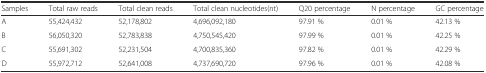
<table><thead><tr><td><b>Samples</b></td><td><b>Total raw reads</b></td><td><b>Total clean reads</b></td><td><b>Total clean nucleotides(nt)</b></td><td><b>Q20 percentage</b></td><td><b>N percentage</b></td><td><b>GC percentage</b></td></tr></thead><tbody><tr><td>A</td><td>55,424,432</td><td>52,178,802</td><td>4,696,092,180</td><td>97.91 %</td><td>0.01 %</td><td>42.13 %</td></tr><tr><td>B</td><td>56,050,320</td><td>52,783,838</td><td>4,750,545,420</td><td>97.99 %</td><td>0.01 %</td><td>42.25 %</td></tr><tr><td>C</td><td>55,691,302</td><td>52,231,504</td><td>4,700,835,360</td><td>97.82 %</td><td>0.01 %</td><td>42.29 %</td></tr><tr><td>D</td><td>55,972,712</td><td>52,641,008</td><td>4,737,690,720</td><td>97.96 %</td><td>0.01 %</td><td>42.08 %</td></tr></tbody></table>